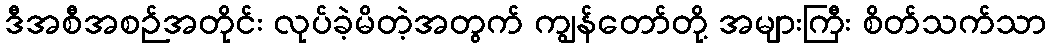
ဒီအစီအစဉ်အတိုင်း လုပ်ခဲ့မိတဲ့အတွက် ကျွန်တော်တို့ အများကြီး စိတ်သက်သာ